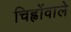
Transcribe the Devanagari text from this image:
चिह्नोंवाले